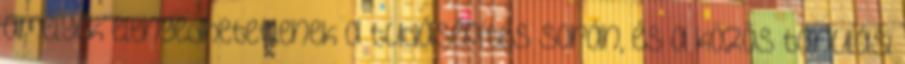
amelyek elengedhetetlenek a tudásépítés során, és a közös tanulási